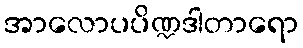
အာလောပပိဏ္ဍဒါတာရော